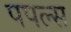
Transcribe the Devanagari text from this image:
पपल्स